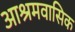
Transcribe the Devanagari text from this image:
आश्रमवासिक